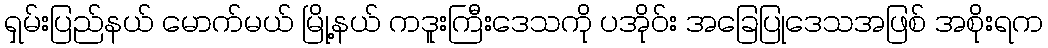
ရှမ်းပြည်နယ် မောက်မယ် မြို့နယ် ကဒူးကြီးဒေသကို ပအိုဝ်း အခြေပြုဒေသအဖြစ် အစိုးရက